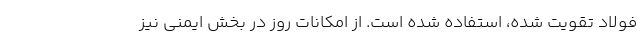
فولاد تقویت شده، استفاده شده است. از امکانات روز در بخش ایمنی نیز